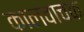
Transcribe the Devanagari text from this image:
कालवाचक